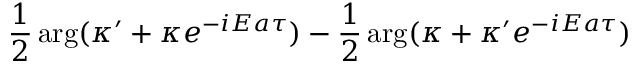
\frac { 1 } { 2 } \arg ( \kappa ^ { \prime } + \kappa e ^ { - i E a \tau } ) - \frac { 1 } { 2 } \arg ( \kappa + \kappa ^ { \prime } e ^ { - i E a \tau } )